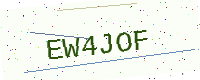
Text: EW4JOF